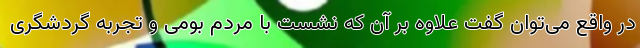
در واقع می‌توان گفت علاوه بر آن که نشست با مردم بومی و تجربه گردشگری